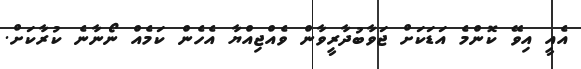
އެއީ އިވޭ ކޮންމެ އަޑަކަށް ޖަވާބުދާރީވާން ވެއްޖިއްޔާ އެހެން ކަމެއް ނޯނާނެ ކުރާކަށް.